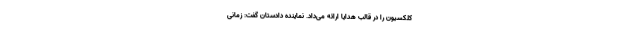
کلکسیون را در قالب هدایا ارائه می‌داد. نماینده دادستان گفت: زمانی